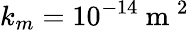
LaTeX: k_{m}=10^{-14}\mathrm{~m~}^{2}